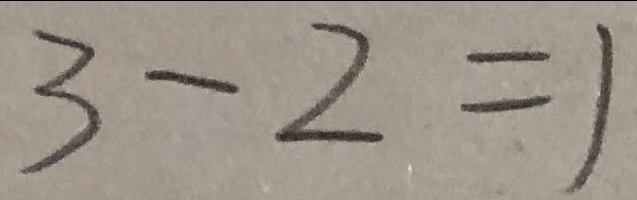
3 - 2 = 1